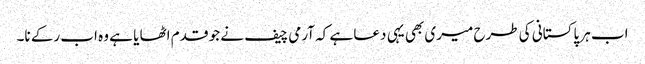
اب ہر پاکستانی کی طرح میری بھی یہی دعا ہے کہ آرمی چیف نے جو قدم اٹھا یا ہے وہ اب رکے نا۔